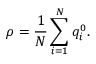
\rho = \frac { 1 } { N } \sum _ { i = 1 } ^ { N } q _ { i } ^ { 0 } .